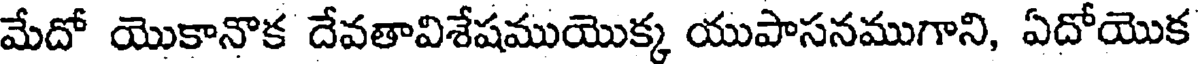
మేదో యొకానాక దేవతావిశేషముయొక్క యుపాసనముగాని, ఏదోయొక